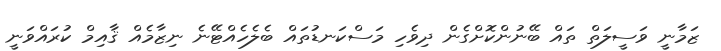
ޒަމާނީ ވަސީލަތް ތައް ބޭނުންކޮށްގެން ދިވެހި މަސްކަނޑުތައް ބެލެހެއްޓޭނެ ނިޒާމެއް ޤާއިމް ކުރައްވަނީ